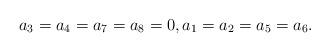
LaTeX: \begin{align*}a_3=a_4=a_7=a_8=0, a_1=a_2=a_5=a_6.\end{align*}